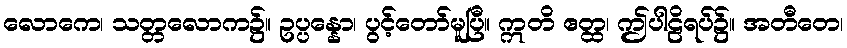
လောကေ၊ သတ္တလောက၌။ ဥပ္ပန္နော၊ ပွင့်တော်မူပြီ။ ဣတိ ဧတ္ထ၊ ဤပါဠိရပ်၌။ အတီတေ၊